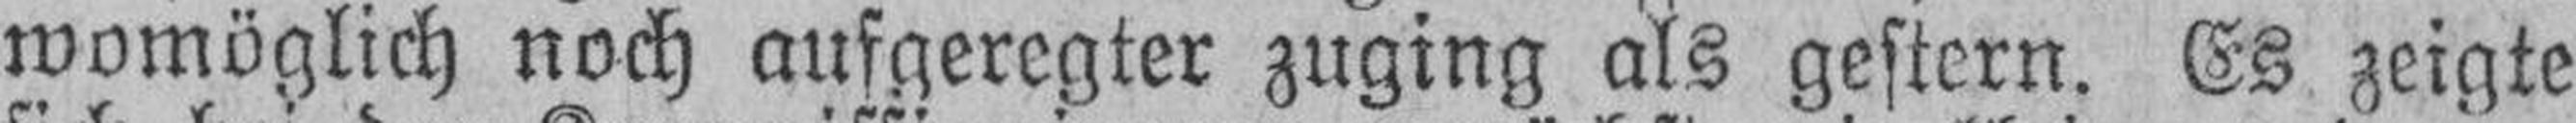
womöglich noch aufgeregter zuging als gestern. Es zeigte